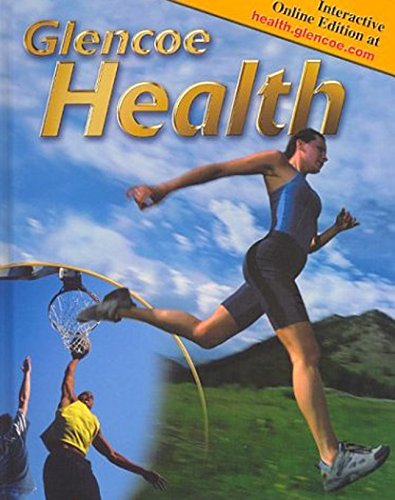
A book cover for Glencoe Health, Student Edition; McGraw-Hill Education; Teen & Young Adult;